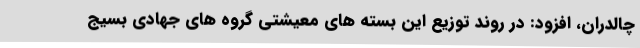
چالدران، افزود: در روند توزیع این بسته های معیشتی گروه های جهادی بسیج